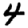
Digit: 4